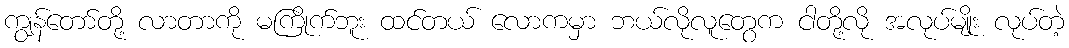
ကျွန်တော်တို့ လာတာကို မကြိုက်ဘူး ထင်တယ် လောကမှာ ဘယ်လိုလူတွေက ငါတို့လို အလုပ်မျိုး လုပ်တဲ့